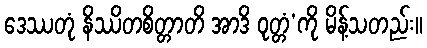
ဒေဿတုံ နိဿိတစိတ္တာတိ အာဒိ ဝုတ္တံ’ကို မိန့်သတည်း။